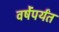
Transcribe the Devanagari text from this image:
वर्षेंपर्यंत